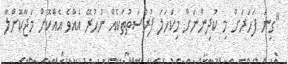
"ގިނަ ފަހަރަށް މި ކުދިންނަށް މިކަހަލަ ފުރުސަތުތަކެއް ނުހުރޭ އެއްވެ އެއްކޮށް މަޖާކޮށްލާ